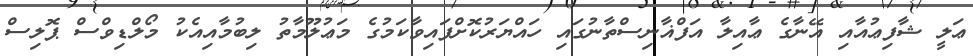
ޢަލީ ޝާފިޢުއާއި އޭނާގެ ޢާއިލާ އަފްޣާނިސްތާނުގައި ހައްޔަރުކޮށްފައިވާކަމުގެ މަޢުލޫމާތު ލިބުމާއިއެކު މޯލްޑިވްސް ޕޮލިސް